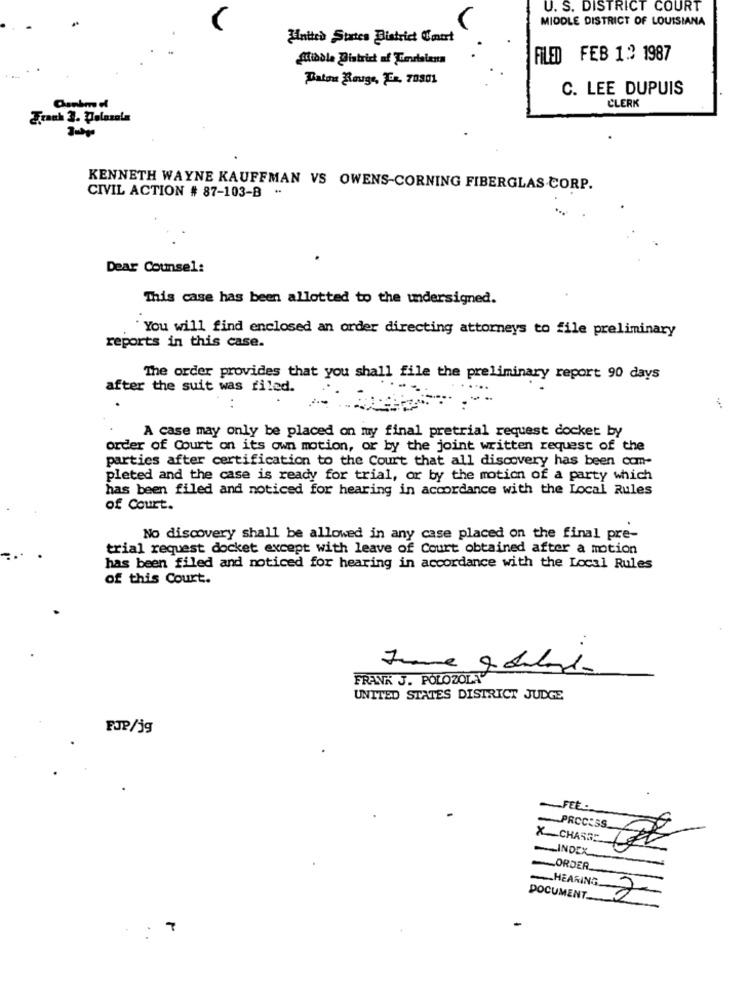
U. S. DISTRICT COURT
MIDDLE DISTRICT OF LOUISIANA
Finitch States District Court
Middle District of Turralama
FILED FEB 1.9 1987
Baton Rouge, Er, 70301
C. LEE DUPUIS
CLERK
Canbm d
KENNETH WAYNE KAUFFMAN VS OWENS CORNING FIBERGLAS CORP.
CIVIL ACTION # 87-103-B "
Dear Counsel:
This case has been allotted to the undersigned.
`You will find enclosed an order directing attorneys to file preliminary
reports in this case.
The order provides that you shall file the preliminary report 90 days
after the suit was filed.
...
A case may only be placed on my final pretrial request docket by
order of Court on its own motion, or by the joint written request of the
parties after certification to the Court that all discovery has been com-
pleted and the case is ready for trial, or by the motion of a party which
has been filed and noticed for hearing in accordance with the Local Rules
of Court.
No discovery shall be allowed in any case placed on the final pre-
trial request docket except with leave of Court obtained after a motion
has been filed and noticed for hearing in accordance with the Local Rules
of this Court.
FRANK J. POLOZOLA
UNITED STATES DISTRICT JUDGE
FJP/jg
-FEE __
PROCESS.
X CHASSE
INDEX
ORDER.
HEARING
2
DOCUMENT.